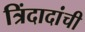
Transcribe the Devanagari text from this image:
त्रिंदादांची